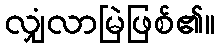
လျှံလာမြဲဖြစ်၏။